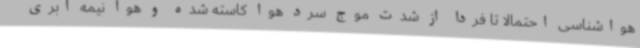
هواشناسی احتمالا تا فردا از شدت موج سرد هوا کاسته شده و هوا نیمه ابری